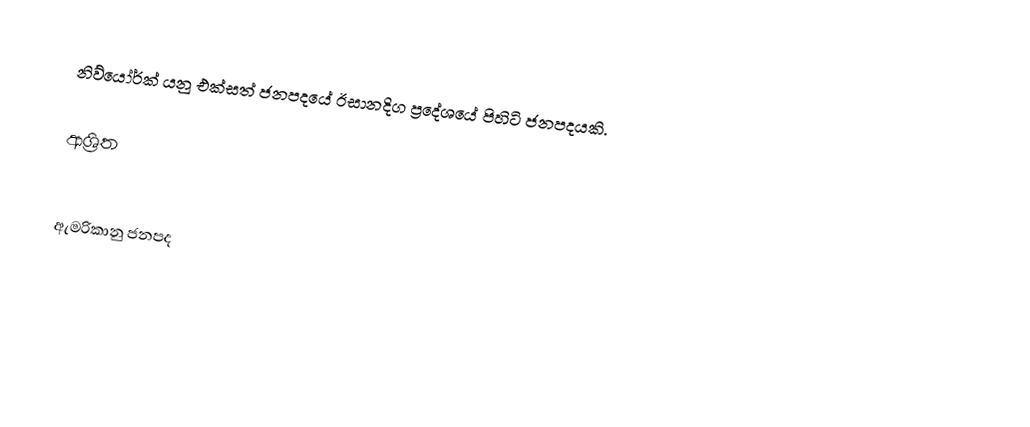
නිව්යෝර්ක් යනු  එක්සත් ජනපදයේ ඊසානදිග ප්‍රදේශයේ පිහිටි ජනපදයකි.

ආශ්‍රිත

ඇමරිකානු ජනපද